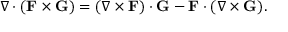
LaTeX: \nabla \cdot ( \mathbf { F } \times \mathbf { G } ) = ( \nabla \times \mathbf { F } ) \cdot \mathbf { G } - \mathbf { F } \cdot ( \nabla \times \mathbf { G } ) .